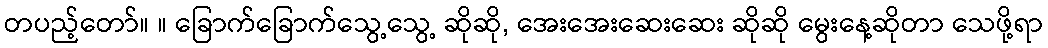
တပည့်တော်။ ။ ခြောက်ခြောက်သွေ့သွေ့ ဆိုဆို, အေးအေးဆေးဆေး ဆိုဆို မွေးနေ့ဆိုတာ သေဖို့ရာ